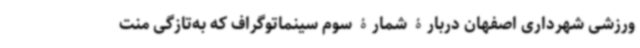
ورزشی شهرداری اصفهان دربارۀ شمارۀ سوم سینماتوگراف که به‌تازگی منت